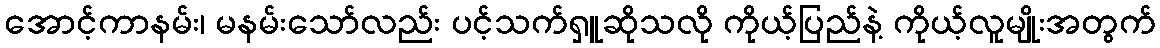
အောင့်ကာနမ်း၊ မနမ်းသော်လည်း ပင့်သက်ရှူဆိုသလို ကိုယ့်ပြည်နဲ့ ကိုယ့်လူမျိုးအတွက်